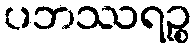
ပဘဿရဉ္စ